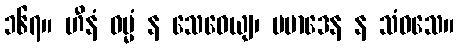
၁၆၇။ ဟီနံ ဓမ္မံ န သေဝေယျ၊ ပမာဒေန န သံဝသေ။